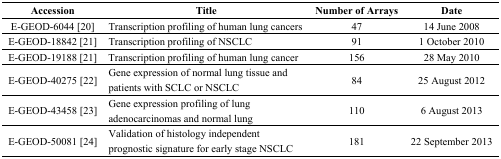
| Accession | Title | Number of Arrays | Date |
 | --- | --- | --- | --- |
 | E-GEOD-6044 [20] | Transcription profiling of human lung cancers | 47 | 14 June 2008 |
 | E-GEOD-18842 [21] | Transcription profiling of NSCLC | 91 | 1 October 2010 |
 | E-GEOD-19188 [21] | Transcription profiling of human lung cancer | 156 | 28 May 2010 |
 | E-GEOD-40275 [22] | Gene expression of normal lung tissue and patients with SCLC or NSCLC | 84 | 25 August 2012 |
 | E-GEOD-43458 [23] | Gene expression profiling of lung adenocarcinomas and normal lung | 110 | 6 August 2013 |
 | E-GEOD-50081 [24] | Validation of histology independent prognostic signature for early stage NSCLC | 181 | 22 September 2013 |